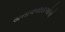
બનાવનારાઓએ